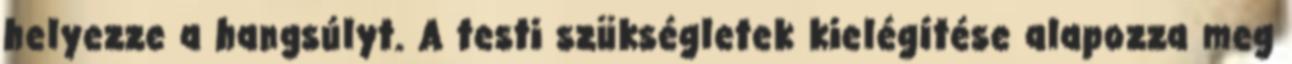
helyezze a hangsúlyt. A testi szükségletek kielégítése alapozza meg